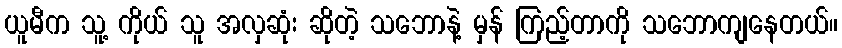
ယူမီက သူ့ ကိုယ် သူ အလှဆုံး ဆိုတဲ့ သဘောနဲ့ မှန် ကြည့်တာကို သဘောကျနေတယ်။